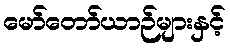
မော်တော်ယာဉ်များနှင့်